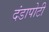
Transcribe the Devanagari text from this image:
दंडापोटी